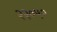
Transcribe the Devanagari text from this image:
२२०५०